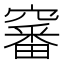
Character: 䆺